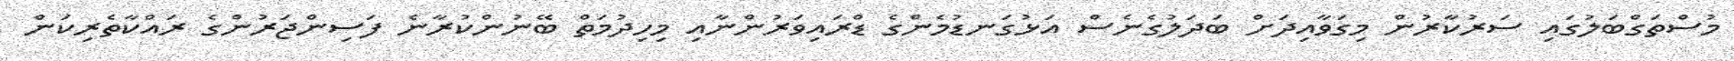
މުސްތަގްބަލުގައި ސަރުކާރުން މިގަވާއިދަށް ބަދަލުގެނެސް އަޅުގަނޑުމެންގެ ޑްރައިވަރުންނާއި މިހިދުމަތް ބޭނުންކުރާނެ ފަސިންޖަރުންގެ ރައްކާތެރިކަން